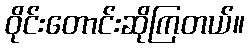
ဝိုင်းတောင်းဆိုကြတယ်။